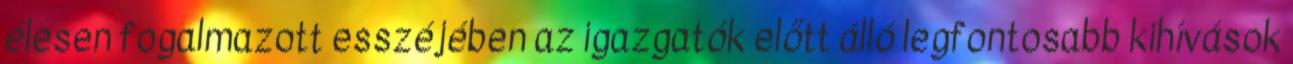
élesen fogalmazott esszéjében az igazgatók előtt álló legfontosabb kihívások